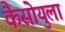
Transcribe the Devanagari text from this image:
कैसोयुला